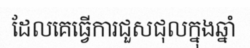
ដែលគេធ្វើការជួសជុលក្នុងឆ្នាំ